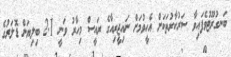
ބަނގުރޫޓުވެފައިވާ ސަރުކާރުތަކަށް އެހީވުމަށް ނައިޖީރިއާގެ ރައީސް މިހާރު ވަނީ 2.1 ބިލިޔަން ޑޮލަރުގެ